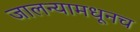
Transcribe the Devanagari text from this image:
जालन्यामधूनच